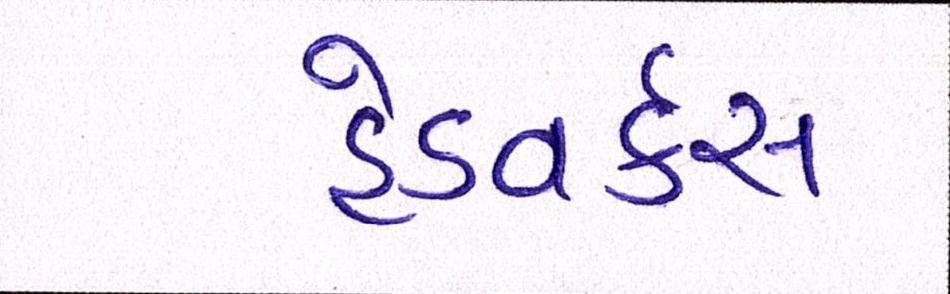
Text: હેડવર્કસ